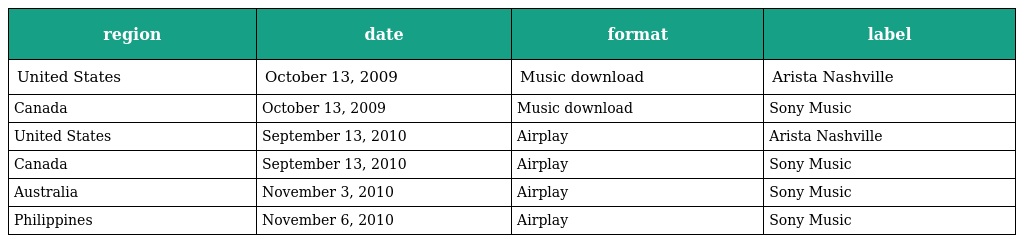
| region | date | format | label |
 | --- | --- | --- | --- |
 | United States | October 13, 2009 | Music download | Arista Nashville |
 | Canada | October 13, 2009 | Music download | Sony Music |
 | United States | September 13, 2010 | Airplay | Arista Nashville |
 | Canada | September 13, 2010 | Airplay | Sony Music |
 | Australia | November 3, 2010 | Airplay | Sony Music |
 | Philippines | November 6, 2010 | Airplay | Sony Music |